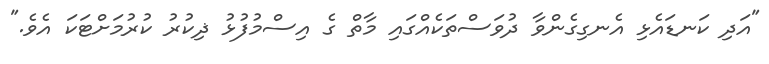
"އަދި ކަނޑައެޅި އެނގިގެންވާ ދުވަސްތަކެއްގައި މާތް ގެ އިސްމުފުޅު ޛިކުރު ކުރުމަށްޓަކަ އެވެ."